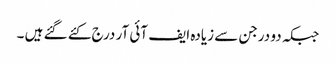
جبکہ دو درجن سے زیادہ ایف آئی آر درج کئے گئے ہیں ۔